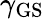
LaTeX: \gamma_{\mathrm{GS}}